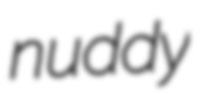
nuddy